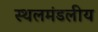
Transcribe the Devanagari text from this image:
स्थलमंडलीय